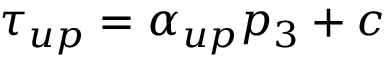
\tau _ { u p } = \alpha _ { u p } p _ { 3 } + c